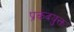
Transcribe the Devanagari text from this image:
प्रकंदयुक्त